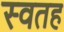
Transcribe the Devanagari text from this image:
स्वतह